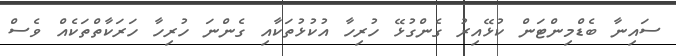
ސައިނާ ބެޑްމިންޓަން ކުޅޭއިރު ގެންގުޅޭ ހުރިހާ އުކުޅުތަކާއި ގެންނަ ހުރިހާ ހަރަކާތްތަކެއް ވެސް